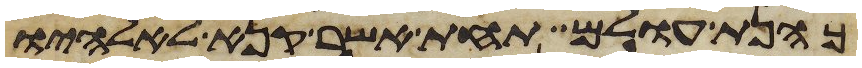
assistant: כהנת עולם תחת אשר קנא לאלהיו